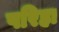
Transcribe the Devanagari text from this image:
परिहा